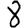
Digit: 8